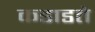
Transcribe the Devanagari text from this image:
कडाडते